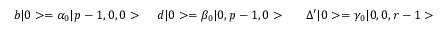
b \vert 0 > = \alpha _ { 0 } \vert p - 1 , 0 , 0 > \ \ \ \, d \vert 0 > = \beta _ { 0 } \vert 0 , p - 1 , 0 > \ \ \ \ \ \Delta ^ { \prime } \vert 0 > = \gamma _ { 0 } \vert 0 , 0 , r - 1 >